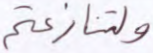
ولتنازعتم